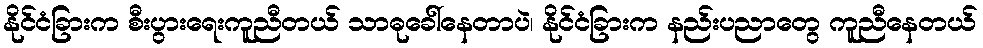
နိုင်ငံခြားက စီးပွားရေးကူညီတယ် သာဓုခေါ်နေတာပဲ၊ နိုင်ငံခြားက နည်းပညာတွေ ကူညီနေတယ်